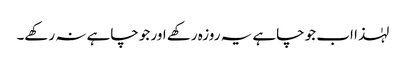
لہٰذا اب جو چاہے یہ روزہ رکھے اور جو چاہے نہ رکھے۔